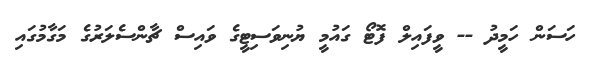
ހަސަން ހަމީދު -- ވީފައިލް ފޮޓޯ ގައުމީ ޔުނިވަސިޓީގެ ވައިސް ޗާންސެލަރުގެ މަގާމުގައި